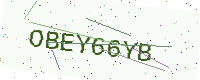
Text: OBEY66YB